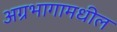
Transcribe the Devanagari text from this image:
अग्रभागामधील